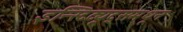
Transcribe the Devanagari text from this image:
इन्स्टिट्यूट्समधून